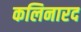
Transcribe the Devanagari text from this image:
कलिनारद